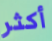
أكثر